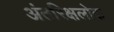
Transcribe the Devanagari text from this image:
अंतरिक्षलोक